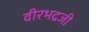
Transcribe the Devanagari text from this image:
वीरभद्रजी